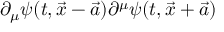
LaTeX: \partial _ { \mu } \psi ( t , \vec { x } - \vec { a } ) \partial ^ { \mu } \psi ( t , \vec { x } + \vec { a } )